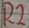
Text: R2